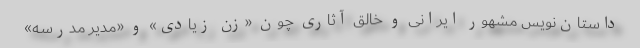
داستان‌نویس مشهور ایرانی و خالق آثاری چون «زن زیادی» و «مدیر مدرسه»